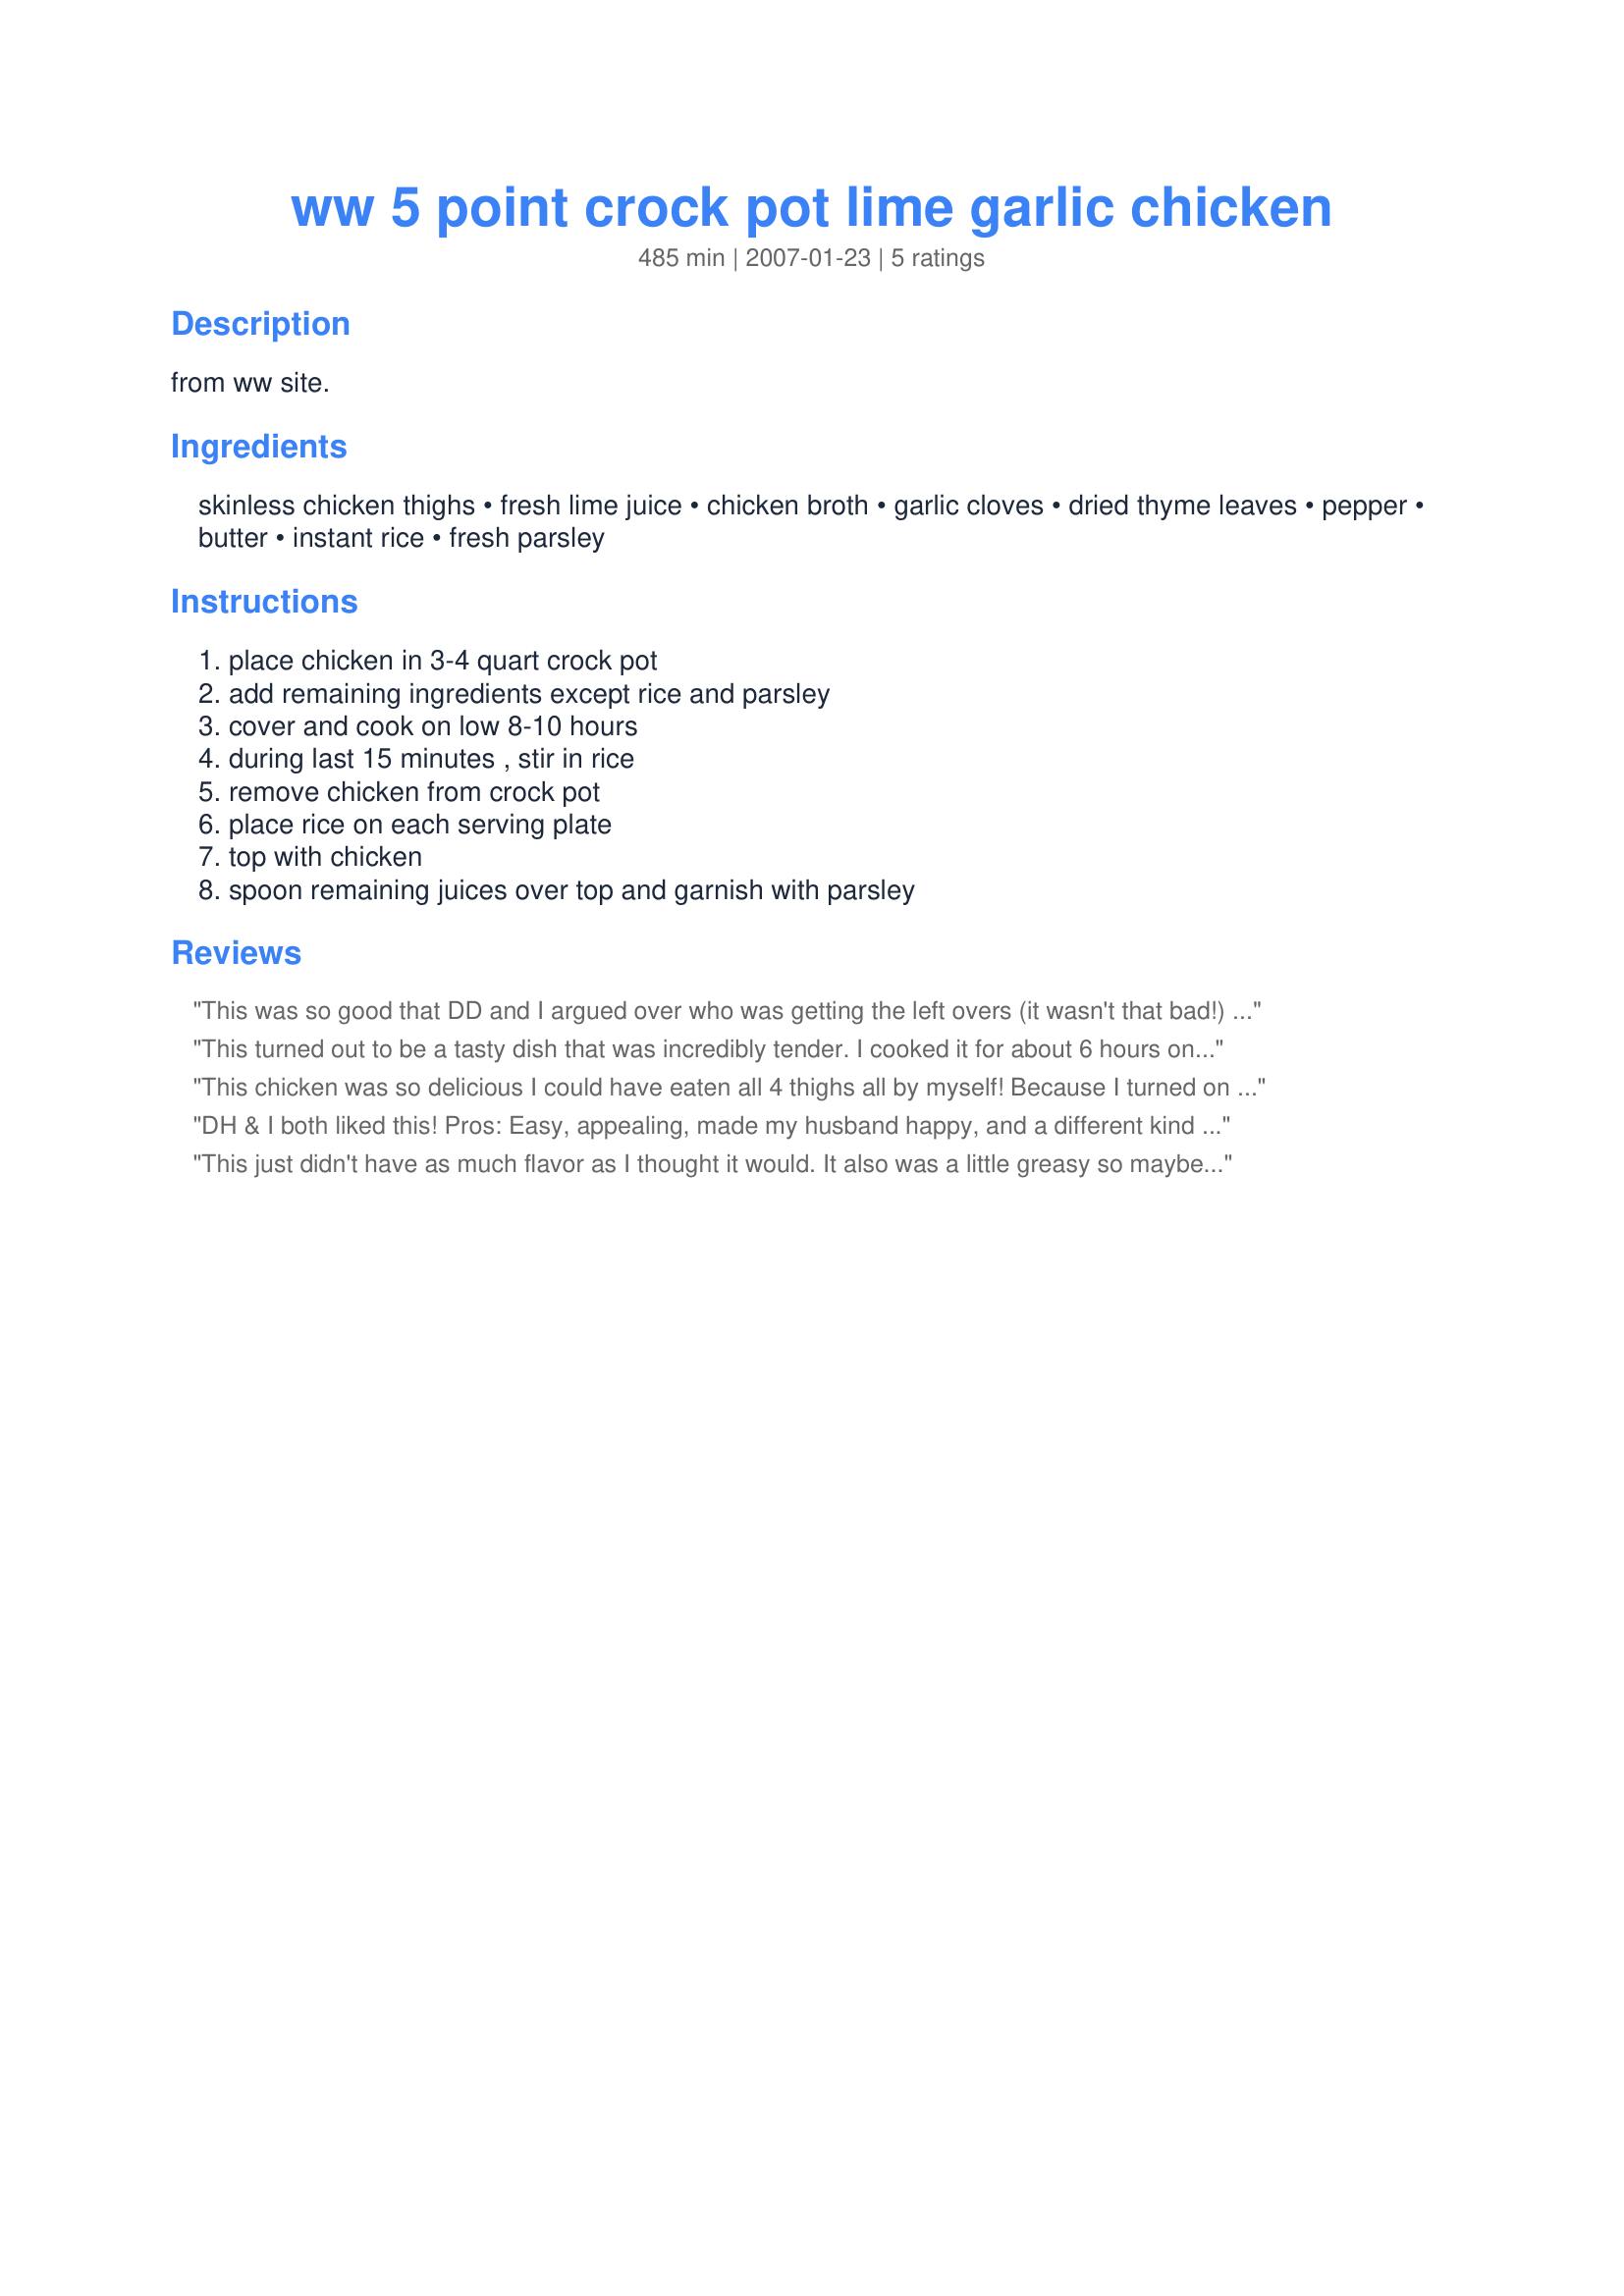
ww 5 point crock pot lime garlic chicken
Preparation time: 485 minutes

from ww site.

Ingredients:
skinless chicken thighs, fresh lime juice, chicken broth, garlic cloves, dried thyme leaves, pepper, butter, instant rice, fresh parsley

Steps:
place chicken in 3-4 quart crock pot, add remaining ingredients except rice and parsley, cover and cook on low 8-10 hours, during last 15 minutes , stir in rice, remove chicken from crock pot, place rice on each serving plate, top with chicken, spoon remaining juices over top and garnish with parsley

Reviews:
This was so good that DD and I argued over who was getting the left overs (it wasn't that bad!) I'm not a big fan of instant rice, but for this dish it's perfect. Loved the lime and garlic flavor that infuses into the rice. Just realized that I left out the butter, but guess it didn't really make a difference. I also used boneless skinless chicken thighs instead of bone-in. Makes a great meal for a busy night. Thanks for posting this! Made for Zaar Chef Alphabet Soup.
This turned out to be a tasty dish that was incredibly tender. I cooked it for about 6 hours on low and used 1.5 lbs of chicken breasts. Midway through added in a package of carrots. Next time I'll add in some more garlic and lime for a bit more of a zing, but was great as is.
This chicken was so delicious I could have eaten all 4 thighs all by myself! Because I turned on the crockpot before I left for work, I wasn't able to get back to it until the full 10 hours later, but it was still so tender. I ended up using brown rice instead of instant. I took the chicken out and put the broth and juices in a separate pot to prepare the rice. I kinda messed up that part (my fault, not the recipe!) so the rice was a little, um, al dente? Haha, the flavor was great though! Thank you so much for posting!
DH & I both liked this! 

Pros: Easy, appealing, made my husband happy, and a different kind of flavor for a Crock Pot recipe. (I'm cooking pretty much all slow cooker meals right now because my two-year-old and three-month-old both get craziest in the evenings!)

Cons: The flavor didn't WOW me. I think, like one of the other reviewers, I will amp up the garlic and lime next time for a bit more kick.
This just didn't have as much flavor as I thought it would. It also was a little greasy so maybe I will try again but tweak it. Thanks.
